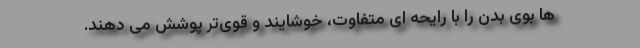
ها بوی بدن را با رایحه ای متفاوت، خوشایند و قوی‌تر پوشش می دهند.